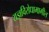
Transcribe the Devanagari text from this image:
यज्ञविरोधामागील